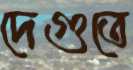
দেগুতে